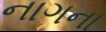
નાગના